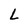
Character: L